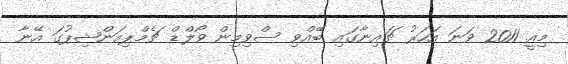
މިއީ 2011 ވަނަ އަހަރު ޗައިނާގައި ބޭއްވި ސްވިމިން ވޯލްޑް ޗެމްޕިއަންޝިޕުގަ އޭނާ